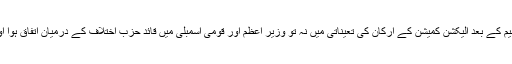
الیکشن کمیشن کے حکام کے مطابق یہ پہلی مرتبہ ہوا ہے کہ 18ویں ترمیم کے بعد الیکشن کمیشن کے ارکان کی تعیناتی میں نہ تو وزیر اعظم اور قومی اسمبلی میں قائد حزب اختلاف کے درمیان اتفاق ہوا اور نہ ہی اس ضمن میں قائم کردہ پارلیمانی کمیٹی میں اتفاق رائے پایا گیا۔